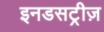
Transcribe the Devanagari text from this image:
इनडसट्रीज़